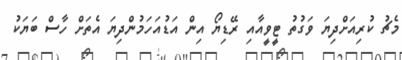
މެޗު ކުރިއަށްދިޔަ ވަގުތު ޓީވީއާއި ރޭޑިޔޯ އިން އަޑުއަހަމުންދިޔަ އެތަށް ހާސް ބަޔަކު